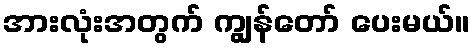
အားလုံးအတွက် ကျွန်တော် ပေးမယ်။